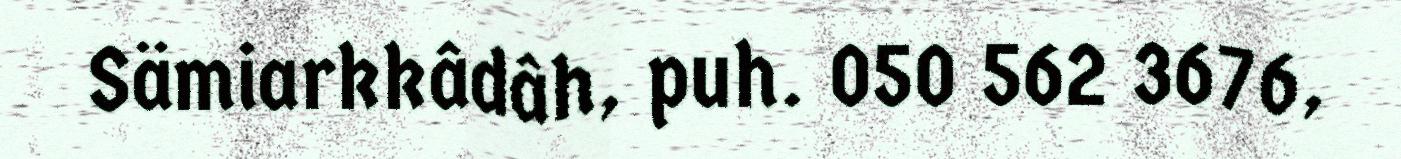
Sämiarkkâdâh, puh. 050 562 3676,